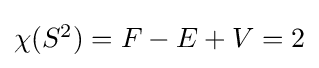
{\textstyle \chi (S^{2})=F-E+V=2}